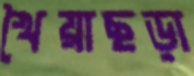
খৈয়াছড়া